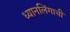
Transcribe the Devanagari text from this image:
ध्यानलिंगाची